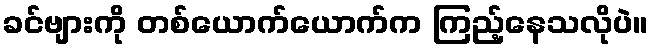
ခင်ဗျားကို တစ်ယောက်ယောက်က ကြည့်နေသလိုပဲ။